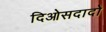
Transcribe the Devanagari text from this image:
दिओसदादो